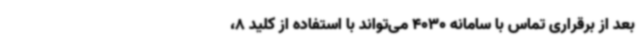
بعد از برقراری تماس با سامانه 4030 می‌تواند با استفاده از کلید 8،